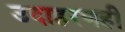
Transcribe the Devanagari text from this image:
उदाहरणही